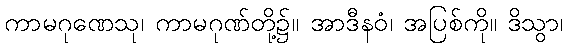
ကာမဂုဏေသု၊ ကာမဂုဏ်တို့၌။ အာဒီနဝံ၊ အပြစ်ကို။ ဒိသွာ၊